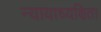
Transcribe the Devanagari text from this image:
न्यायाध्यक्षिता